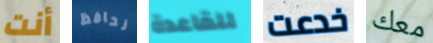
أنت نحافظ للقاعدة خدعت معك